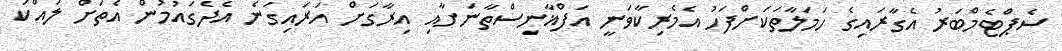
ސެޕްޓެމްބަރު އެގާރައިގެ ހަމަލާތަކަށްފަހު އެމެރިކާވަނީ އަފްޣާނިސްތާނަށާއި އިރާގަށް އަރައިގަނެ އެދެގައުމުން އެތަށް ލައްކަ